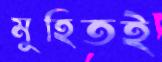
মুহিতই